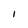
Character: I